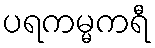
ပရကမ္မကရီ